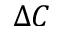
\Delta C